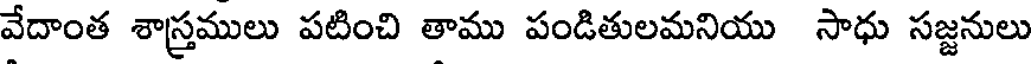
వేదాంత శాస్త్రములు పటించి తాము పండితులమనియు సాధు సజ్జనులు